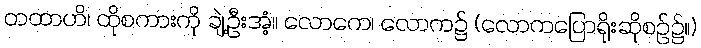
တထာဟိ၊ ထိုစကားကို ချဲ့ဦးအံ့။ လောကေ၊ လောက၌ (လောကပြောရိုးဆိုစဉ်၌။)